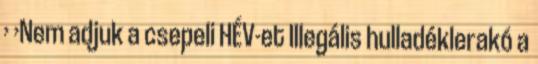
› ›Nem adjuk a csepeli HÉV-et Illegális hulladéklerakó a